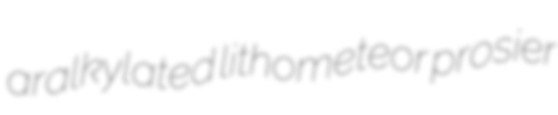
aralkylated lithometeor prosier